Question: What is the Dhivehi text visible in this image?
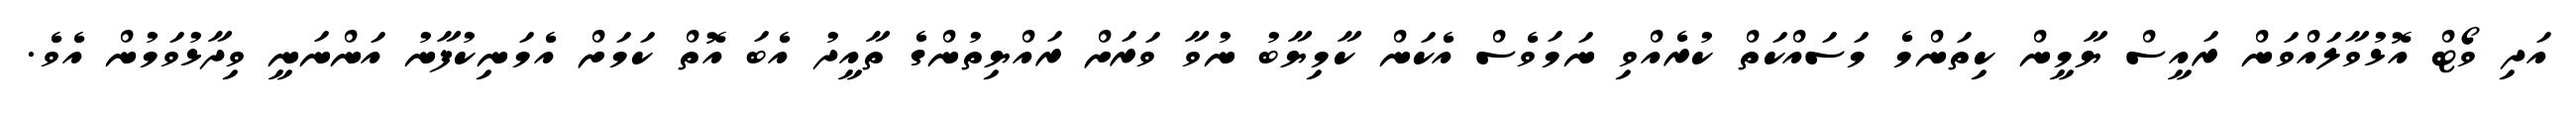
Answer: އަދި ވޯޓް އޮޅުވާލައްވަން ރައީސް ޔާމީން ކިތަންމެ މަސައްކަތް ކުރެއްވި ނަމަވެސް އެކަން ކާމިޔާބު ނުވާ ވަރަށް ރައްޔިތުންގެ ތާއީދު އެބަ އޮތް ކަމަށް އެމަނިކުފާނު އަންނަނީ ވިދާޅުވަމުން އެވެ.